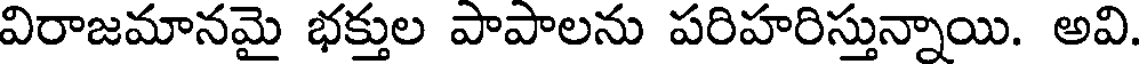
విరాజమానమై భక్తుల పాపాలను పరిహరిస్తున్నాయి. అవి.